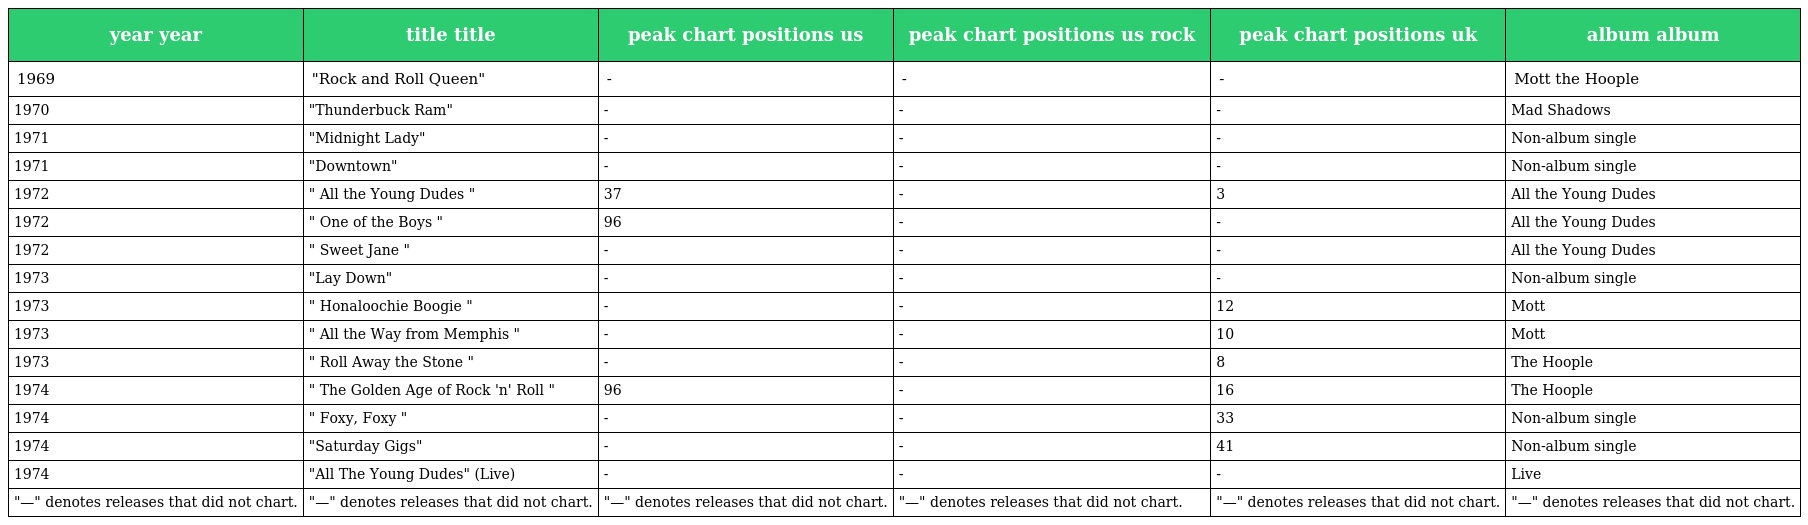
| year year | title title | peak chart positions us | peak chart positions us rock | peak chart positions uk | album album |
 | --- | --- | --- | --- | --- | --- |
 | 1969 | "Rock and Roll Queen" | - | - | - | Mott the Hoople |
 | 1970 | "Thunderbuck Ram" | - | - | - | Mad Shadows |
 | 1971 | "Midnight Lady" | - | - | - | Non-album single |
 | 1971 | "Downtown" | - | - | - | Non-album single |
 | 1972 | " All the Young Dudes " | 37 | - | 3 | All the Young Dudes |
 | 1972 | " One of the Boys " | 96 | - | - | All the Young Dudes |
 | 1972 | " Sweet Jane " | - | - | - | All the Young Dudes |
 | 1973 | "Lay Down" | - | - | - | Non-album single |
 | 1973 | " Honaloochie Boogie " | - | - | 12 | Mott |
 | 1973 | " All the Way from Memphis " | - | - | 10 | Mott |
 | 1973 | " Roll Away the Stone " | - | - | 8 | The Hoople |
 | 1974 | " The Golden Age of Rock 'n' Roll " | 96 | - | 16 | The Hoople |
 | 1974 | " Foxy, Foxy " | - | - | 33 | Non-album single |
 | 1974 | "Saturday Gigs" | - | - | 41 | Non-album single |
 | 1974 | "All The Young Dudes" (Live) | - | - | - | Live |
 | "—" denotes releases that did not chart. | "—" denotes releases that did not chart. | "—" denotes releases that did not chart. | "—" denotes releases that did not chart. | "—" denotes releases that did not chart. | "—" denotes releases that did not chart. |